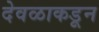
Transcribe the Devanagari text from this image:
देवळाकडून